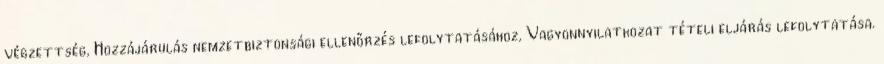
végzettség, Hozzájárulás nemzetbiztonsági ellenőrzés lefolytatásához, Vagyonnyilatkozat tételi eljárás lefolytatása.